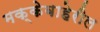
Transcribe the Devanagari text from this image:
मक्केबाहेरील